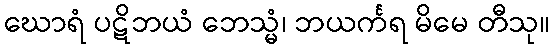
ဃောရံ ပဋိဘယံ ဘေသ္မံ၊ ဘယင်္ကရ မိမေ တီသု။